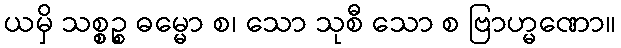
ယမှိ သစ္စဉ္စ ဓမ္မော စ၊ သော သုစီ သော စ ဗြာဟ္မဏော။